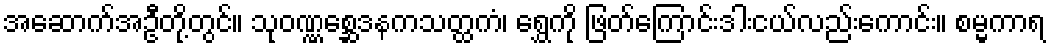
အဆောက်အဦတို့တွင်။ သုဝဏ္ဏစ္ဆေဒနကသတ္ထကံ၊ ရွှေကို ဖြတ်ကြောင်းဒါးငယ်လည်းကောင်း။ စမ္မကာရ